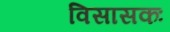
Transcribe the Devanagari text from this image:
विसासकः